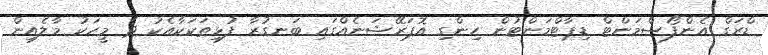
ޑްރަގް އެންފޯސްމަންޓް ޑިޕާޓްމަންޓުން ހިންގި އޮޕަރޭޝަނެއްގައި ބަނގުރާ ފުޅިތަކަކާއެކު ދެ މީހަކު މާލެއިން